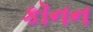
કૉનન